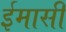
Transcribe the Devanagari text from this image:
ईमासी